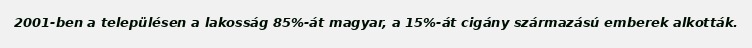
2001-ben a településen a lakosság 85%-át magyar, a 15%-át cigány származású emberek alkották.